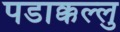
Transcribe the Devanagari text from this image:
पडाक्कल्लु